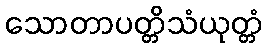
သောတာပတ္တိသံယုတ္တံ